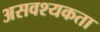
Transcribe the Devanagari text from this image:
असवश्यकता